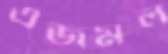
এজমল